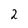
Character: 2